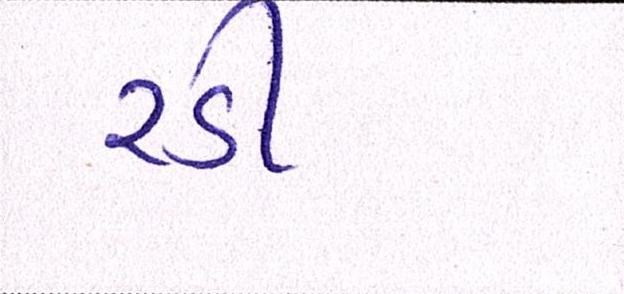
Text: રડી